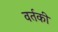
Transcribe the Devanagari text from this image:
वर्तकी